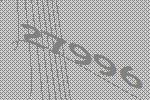
27996